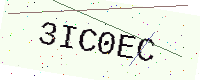
Text: 3IC0EC